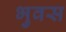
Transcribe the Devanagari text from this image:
भुवस